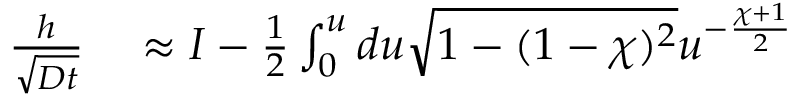
\begin{array} { r l } { \frac { h } { \sqrt { D t } } } & { { } \approx I - \frac { 1 } { 2 } \int _ { 0 } ^ { u } d u \sqrt { 1 - ( 1 - \chi ) ^ { 2 } } u ^ { - \frac { \chi + 1 } { 2 } } } \end{array}